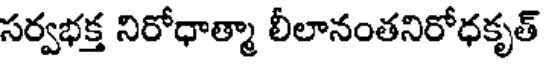
సర్వభక్త నిరోధాత్మా లీలానంతనిరోధకృత్